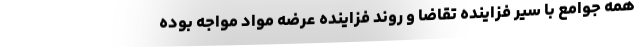
همه جوامع با سیر فزاینده تقاضا و روند فزاینده عرضه مواد مواجه بوده